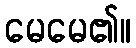
မေမေ၏။